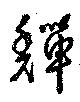
鱓